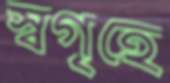
স্বগৃহে